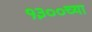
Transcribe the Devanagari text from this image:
१३००च्या